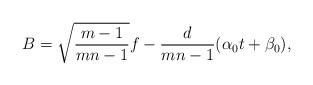
LaTeX: \begin{align*}B = \sqrt{\frac{m-1}{mn-1}} f - \frac{d}{mn-1} (\alpha_0 t + \beta_0),\end{align*}